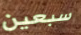
سبعين